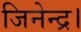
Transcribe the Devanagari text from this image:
जिनेन्द्र।